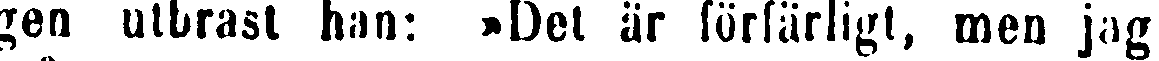
gen utbrast han: »Det är förfärligt, men jag